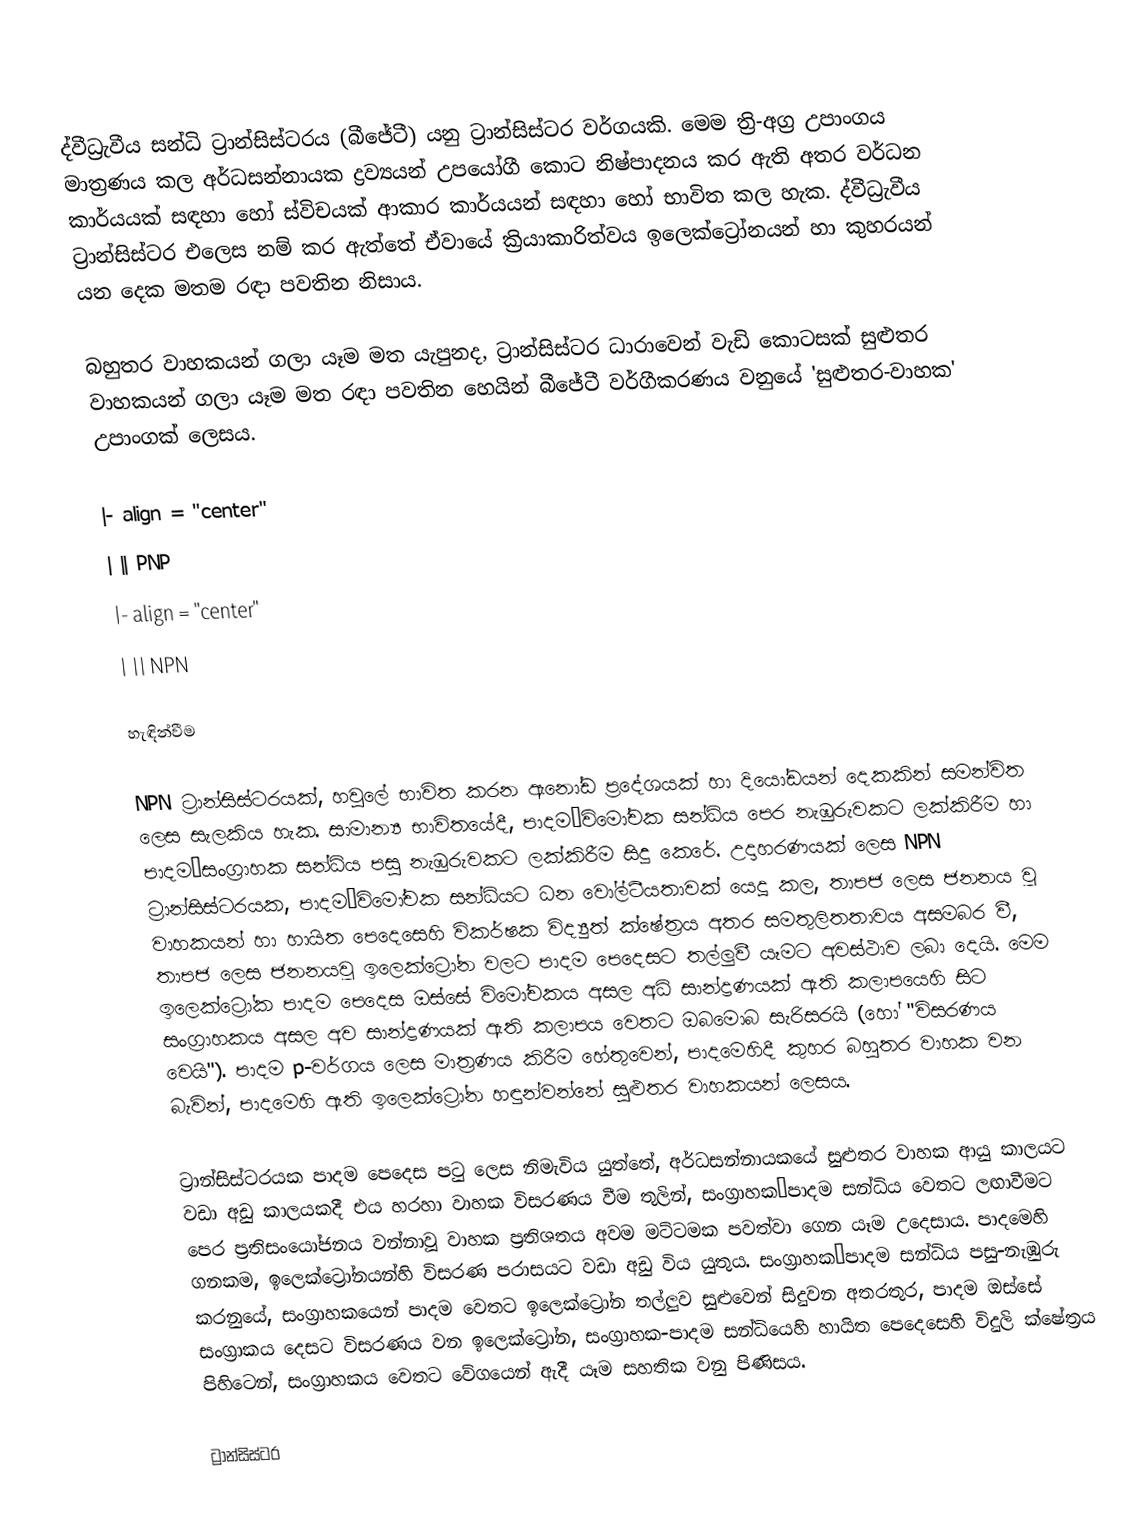
ද්වීධ්‍රැවීය සන්ධි ට්‍රාන්සිස්ටරය (බීජේටී) යනු ට්‍රාන්සිස්ටර වර්ගයකි. මෙම ත්‍රි-අග්‍ර උපාංගය මාත්‍රණය කල අර්ධසන්නායක ද්‍රව්‍යයන් උපයෝගී කොට නිෂ්පාදනය කර ඇති අතර වර්ධන කාර්යයක් සඳහා හෝ ස්විචයක් ආකාර කාර්යයන් සඳහා හෝ  භාවිත කල හැක. ද්වීධ්‍රැවීය ට්‍රාන්සිස්ටර එලෙස නම් කර ඇත්තේ ඒවායේ ක්‍රියාකාරිත්වය ඉලෙක්ට්‍රෝනයන් හා කුහරයන් යන දෙක මතම රඳා පවතින නිසාය.

බහුතර වාහකයන් ගලා යෑම මත යැපුනද, ට්‍රාන්සිස්ටර ධාරාවෙන් වැඩි කොටසක් සුළුතර වාහකයන් ගලා යෑම මත රඳා පවතින හෙයින් බීජේටී වර්ගීකරණය වනුයේ 'සුළුතර-වාහක' උපාංගක් ලෙසය.

|- align = "center"
|  || PNP
|- align = "center"
|  || NPN

හැඳින්වීම

NPN ට්‍රාන්සිස්ටරයක්, හවුලේ භාවිත කරන ඇනෝඩ ප්‍රදේශයක් හා දියෝඩයන් දෙකකින් සමන්විත ලෙස සැලකිය හැක. සාමාන්‍ය භාවිතයේදී, පාදම–විමෝචක සන්ධිය පෙර නැඹුරුවකට ලක්කිරීම හා පාදම–සංග්‍රාහක සන්ධිය පසු නැඹුරුවකට ලක්කිරීම සිදු කෙරේ. උදාහරණයක් ලෙස NPN ට්‍රාන්සිස්ටරයක, පාදම–විමෝචක සන්ධියට ධන වෝල්ටීයතාවක් යෙදූ කල, තාපජ ලෙස ජනනය වූ වාහකයන් හා හායිත පෙදෙසෙහි විකර්ෂක විද්‍යුත් ක්ෂේත්‍රය අතර සමතුලිතතාවය අසමබර වී, තාපජ ලෙස ජනනයවූ ඉලෙක්ට්‍රෝන වලට පාදම පෙදෙසට තල්ලුවී යෑමට අවස්ථාව ලබා දෙයි. මෙම ඉලෙක්ට්‍රෝක පාදම පෙදෙස ඔස්සේ විමෝචකය අසල අධි සාන්ද්‍රණයක් ඇති කලාපයෙහි සිට සංග්‍රාහකය අසල අව සාන්ද්‍රණයක් ඇති කලාපය වෙතට ඔබමොබ සැරිසරයි  (හෝ "විසරණය වෙයි"). පාදම p-වර්ගය ලෙස  මාත්‍රණය කිරීම හේතුවෙන්, පාදමෙහිදී කුහර බහුතර වාහක වන බැවින්, පාදමෙහි ඇති ඉලෙක්ට්‍රෝන හඳුන්වන්නේ සුළුතර වාහකයන් ලෙසය.

ට්‍රාන්සිස්ටරයක පාදම පෙදෙස පටු ලෙස නිමැවිය යුත්තේ,  අර්ධසන්නායකයේ සුළුතර වාහක ආයු කාලයට වඩා අඩු කාලයකදී එය හරහා වාහක විසරණය වීම තුලින්, සංග්‍රාහක–පාදම සන්ධිය වෙතට ලඟාවීමට පෙර ප්‍රතිසංයෝජනය  වන්නාවූ වාහක ප්‍රතිශතය අවම මට්ටමක පවත්වා ගෙන යෑම උදෙසාය. පාදමෙහි ගනකම, ඉලෙක්ට්‍රෝනයන්හි  විසරණ පරාසයට වඩා අඩු විය යුතුය. සංග්‍රාහක–පාදම සන්ධිය පසු-නැඹුරු කරනුයේ, සංග්‍රාහකයෙන් පාදම වෙතට ඉලෙක්ට්‍රෝන තල්ලුව සුළුවෙන් සිදුවන අතරතුර, පාදම ඔස්සේ සංග්‍රාකය දෙසට විසරණය වන ඉලෙක්ට්‍රෝන,  සංග්‍රාහක-පාදම සන්ධියෙහි හායිත පෙදෙසෙහි විදුලි ක්ෂේත්‍ර‍ය පිහිටෙන්, සංග්‍රාහකය වෙතට වේගයෙන් ඇදී යෑම සහතික වනු පිණිසය.

ට්‍රාන්සිස්ටර